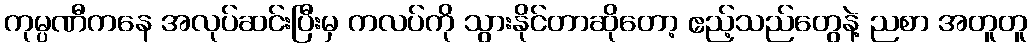
ကုမ္ပဏီကနေ အလုပ်ဆင်းပြီးမှ ကလပ်ကို သွားနိုင်တာဆိုတော့ ဧည့်သည်တွေနဲ့ ညစာ အတူတူ